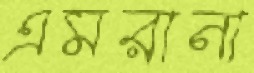
এমরানা